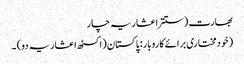
بھارت (ستتر اعشاریہ چار
(خودمختاری برائے کاروبار: پاکستان (اکسٹھ اعشاریہ دو) ۔